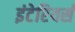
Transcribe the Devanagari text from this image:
इंटेरियर्स